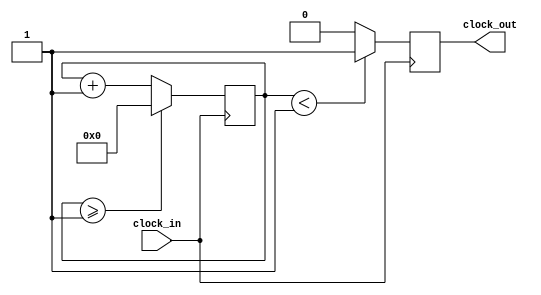
module Divisor_Frequencia (clock_in, clock_out);

	input clock_in; // input clock on FPGA (50 MHz)
	output reg clock_out; // output clock after dividing the input clock by divisor
	
	reg[27:0] counter=28'd0;
	parameter DIVISOR = 28'd2; //para sair o clock de 1H
								//28'd2 para dividir pela metade apenas 28'd50000000
	
	// The frequency of the output clk_out
	//  = The frequency of the input clk_in divided by DIVISOR
	// For example: Fclk_in = 50Mhz, if you want to get 1Hz signal to blink LEDs
	// You will modify the DIVISOR parameter value to 28'd50.000.000
	// Then the frequency of the output clk_out = 50Mhz/50.000.000 = 1Hz
	
	always @(posedge clock_in)
	begin
		counter <= counter + 28'd1;
		if(counter>=(DIVISOR-1))
			counter <= 28'd0;
		clock_out <= (counter<DIVISOR/2)?1'b1:1'b0;
	end


endmodule